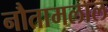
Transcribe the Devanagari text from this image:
नौतामलाल